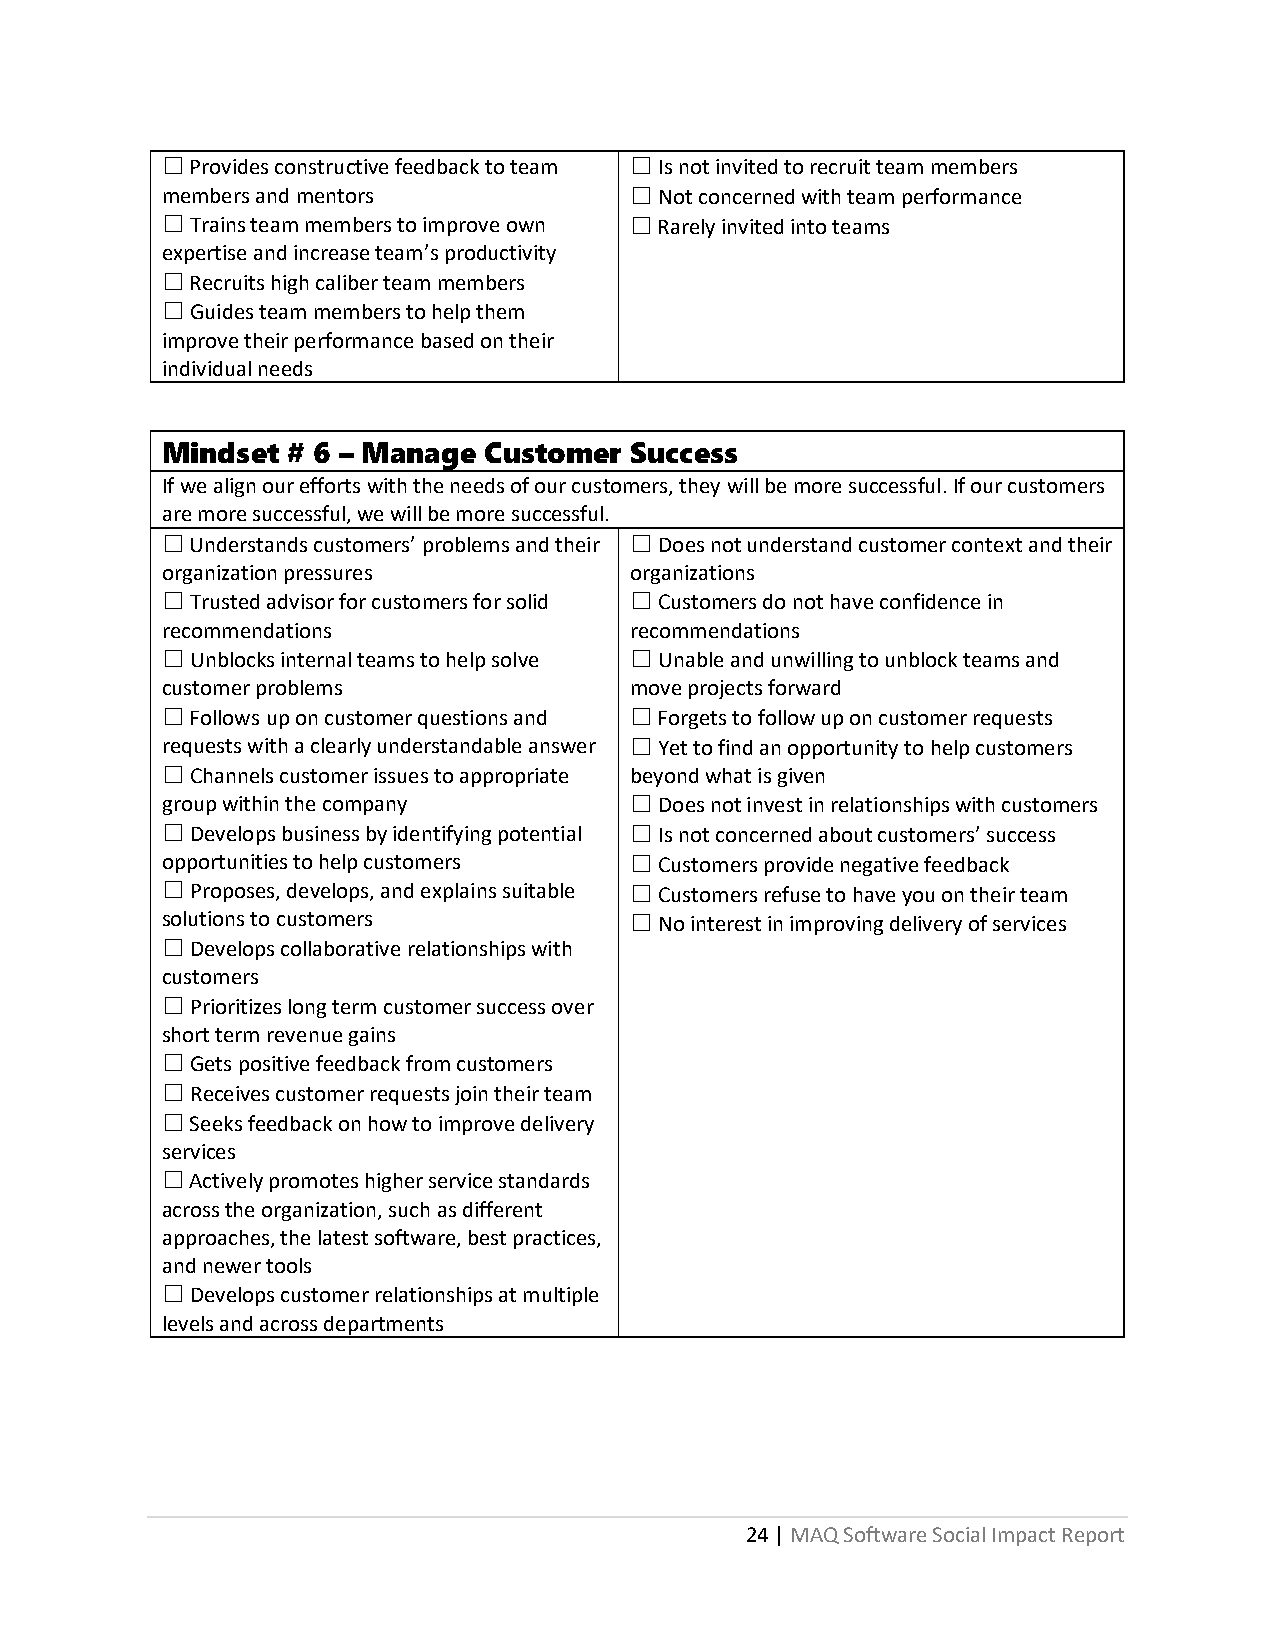
☐ Provides constructive feedback to team ☐ Is not invited to recruit team members
 members and mentors            ☐ Not concerned with team performance
 ☐ Trains team members to improve own ☐ Rarely invited into teams
 expertise and increase team’s productivity
 ☐ Recruits high caliber team members
 ☐ Guides team members to help them
 improve their performance based on their
 individual needs
 Mindset # 6 – Manage Customer  Success
 If we align our efforts with the needs of our customers, they will be more successful. If our customers
 are more successful, we will be more successful.
 ☐ Understands customers’ problems and their ☐ Does not understand customer context and their
 organization pressures         organizations
 ☐ Trusted advisor for customers for solid ☐ Customers do not have confidence in
 recommendations                recommendations
 ☐ Unblocks internal teams to help solve ☐ Unable and unwilling to unblock teams and
 customer problems              move projects forward
 ☐ Follows up on customer questions and ☐ Forgets to follow up on customer requests
 requests with a clearly understandable answer ☐ Yet to find an opportunity to help customers
 ☐ Channels customer issues to appropriate beyond what is given
 group within the company       ☐ Does not invest in relationships with customers
 ☐ Develops business by identifying potential ☐ Is not concerned about customers’ success
 opportunities to help customers ☐ Customers provide negative feedback
 ☐ Proposes, develops, and explains suitable ☐ Customers refuse to have you on their team
 solutions to customers         ☐ No interest in improving delivery of services
 ☐ Develops collaborative relationships with
 customers
 ☐ Prioritizes long term customer success over
 short term revenue gains
 ☐ Gets positive feedback from customers
 ☐ Receives customer requests join their team
 ☐ Seeks feedback on how to improve delivery
 services
 ☐ Actively promotes higher service standards
 across the organization, such as different
 approaches, the latest software, best practices,
 and newer tools
 ☐ Develops customer relationships at multiple
 levels and across departments
 24 | MAQ Software Social Impact Report